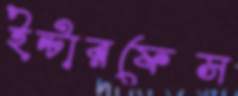
ইন্টারফেস